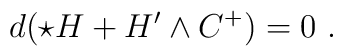
d(\star H + H'\wedge C^+)=0\ .